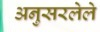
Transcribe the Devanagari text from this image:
अनुसरलेले